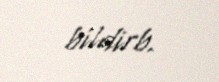
bildirb.